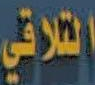
التلاقي